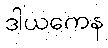
ဒါယကေန